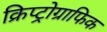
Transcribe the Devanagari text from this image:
क्रिप्ट्रोग्राफिक